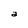
Character: a